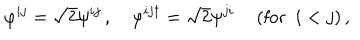
\varphi ^ { i j } = \sqrt { 2 } \psi ^ { i j } \, , \quad \varphi ^ { i j \dagger } = \sqrt { 2 } \psi ^ { j i } \, \quad \mathrm { ( f o r } \, \, \, i < j \mathrm { ) } \, ,